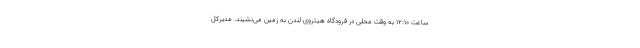
ساعت ۱۲:۱۰ به وقت محلی در فرودگاه هیتروی لندن به زمین می‌نشیند. مدیرکل